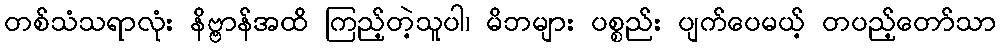
တစ်သံသရာလုံး နိဗ္ဗာန်အထိ ကြည့်တဲ့သူပါ၊ မိဘများ ပစ္စည်း ပျက်ပေမယ့် တပည့်တော်သာ